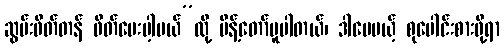
ဆွမ်းဖိတ်တန် ဖိတ်ပေးပါ့မယ်”လို့ မိန့်တော်မူပါတယ်၊ ဒါပေမယ့် စုပေါင်းစားဖို့ရာ